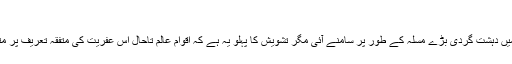
“
عصر حاضر میں دہشت گردی بڑے مسلہ کے طور پر سامنے آئی مگر تشویش کا پہلو یہ ہے کہ اقوام عالم تاحال اس عفریت کی متفقہ تعریف پر متفق نہ ہوسکیں۔